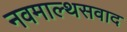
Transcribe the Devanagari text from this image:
नवमाल्थसवाद